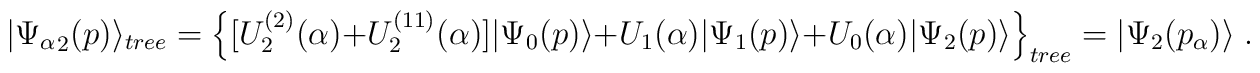
|{\Psi_\alpha}_2 (p) \rangle_{tree} =\Big\{ [U_2^{(2)}(\alpha) + U_2^{(11)}(\alpha)]|\Psi_0(p) \rangle+ U_1(\alpha)|\Psi_1(p) \rangle+ U_0(\alpha) |\Psi_2 (p) \rangle \Big\}_{tree} =|\Psi_2(p_\alpha) \rangle\; .